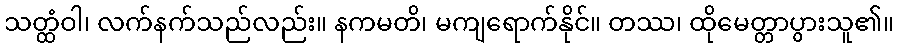
သတ္ထံဝါ၊ လက်နက်သည်လည်း။ နကမတိ၊ မကျရောက်နိုင်။ တဿ၊ ထိုမေတ္တာပွားသူ၏။